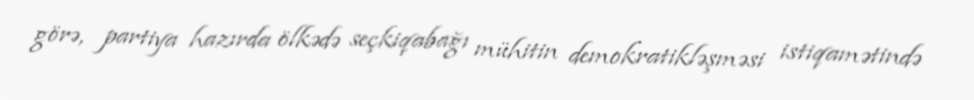
görə, partiya hazırda ölkədə seçkiqabağı mühitin demokratikləşməsi istiqamətində